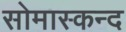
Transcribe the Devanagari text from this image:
सोमास्कन्द